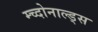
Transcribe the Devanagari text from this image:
म्च्दोनाल्ड्स